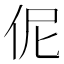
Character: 伲